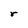
Character: r